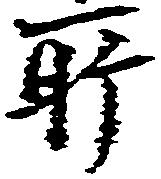
所